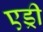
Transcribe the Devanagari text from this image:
एड्री